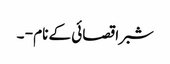
شبرا قصائی کے نام - ۔